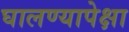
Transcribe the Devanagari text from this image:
घालण्यापेक्षा